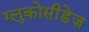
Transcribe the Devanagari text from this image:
ग्लुकोसीडेज़